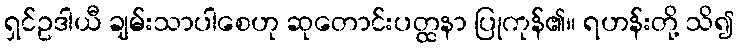
ရှင်ဥဒါယီ ချမ်းသာပါစေဟု ဆုတောင်းပတ္ထနာ ပြုကုန်၏။ ရဟန်းတို့ သိ၍